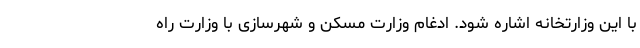
با این وزارتخانه اشاره شود. ادغام وزارت مسکن و شهرسازی با وزارت راه